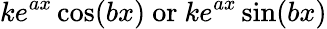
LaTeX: ke^{ax}\cos(bx){\mathrm{~or~}}ke^{ax}\sin(bx)